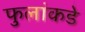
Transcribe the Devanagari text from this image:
फुलांकडे